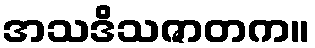
အသဒိသဇာတက။